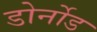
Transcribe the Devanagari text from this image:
डोर्नोड